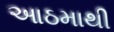
આઠમાથી